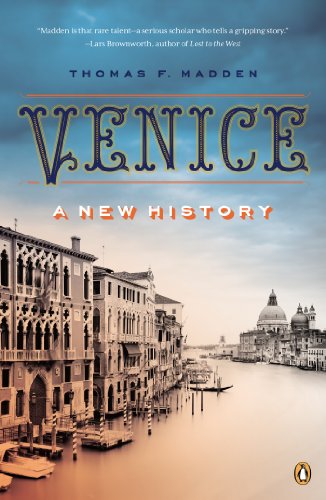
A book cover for Venice: A New History; Thomas F. Madden; History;